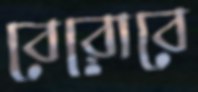
বেরোবে